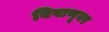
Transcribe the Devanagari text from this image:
विषाणूवर